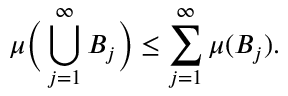
\mu { \Big ( } \bigcup _ { j = 1 } ^ { \infty } B _ { j } { \Big ) } \leq \sum _ { j = 1 } ^ { \infty } \mu ( B _ { j } ) .